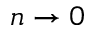
n \rightarrow 0